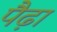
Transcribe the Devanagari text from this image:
पैढ़ा